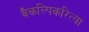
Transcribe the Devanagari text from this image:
वैकल्पिकरित्या